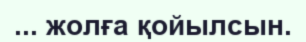
... жолға қойылсын.